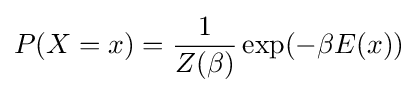
P(X=x)={\frac {1}{Z(\beta )}}\exp(-\beta E(x))